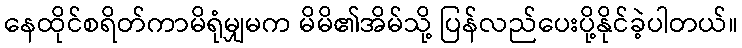
နေထိုင်စရိတ်ကာမိရုံမျှမက မိမိ၏အိမ်သို့ ပြန်လည်ပေးပို့နိုင်ခဲ့ပါတယ်။